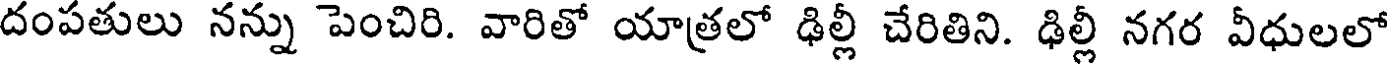
దంపతులు నన్ను పెంచిరి. వారితో యాత్రలో ఢిల్లీ చేరితిని. ఢిల్లీ నగర వీధులలో